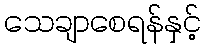
သေချာစေရန်နှင့်